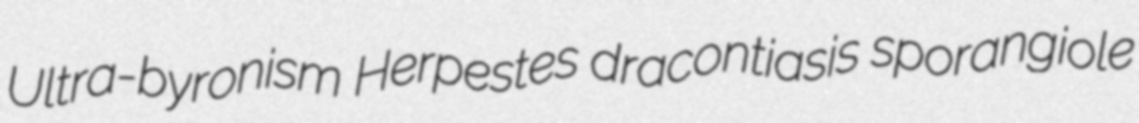
Ultra-byronism Herpestes dracontiasis sporangiole